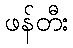
ဖန်တီး